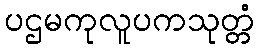
ပဌမကုလူပကသုတ္တံ